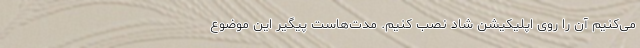
می‌کنیم آن را روی اپلیکیشن شاد نصب کنیم. مدت‌هاست پیگیر این موضوع